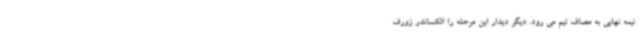
نیمه نهایی به مصاف تیم می رود. دیگر دیدار این مرحله را الکساندر زورف